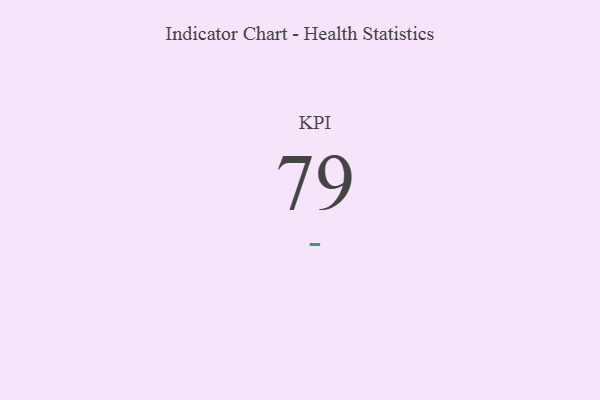
{"axis": {"x": "KPI", "y": "Value"}, "legend": [""], "data": [{"x": "KPI", "y": 79, "type": ""}]}